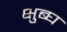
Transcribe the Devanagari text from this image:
क्षुब्घ